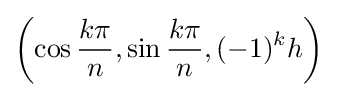
\left(\cos {\frac {k\pi }{n}},\sin {\frac {k\pi }{n}},(-1)^{k}h\right)